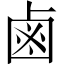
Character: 鹵